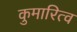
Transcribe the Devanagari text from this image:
कुमारित्व